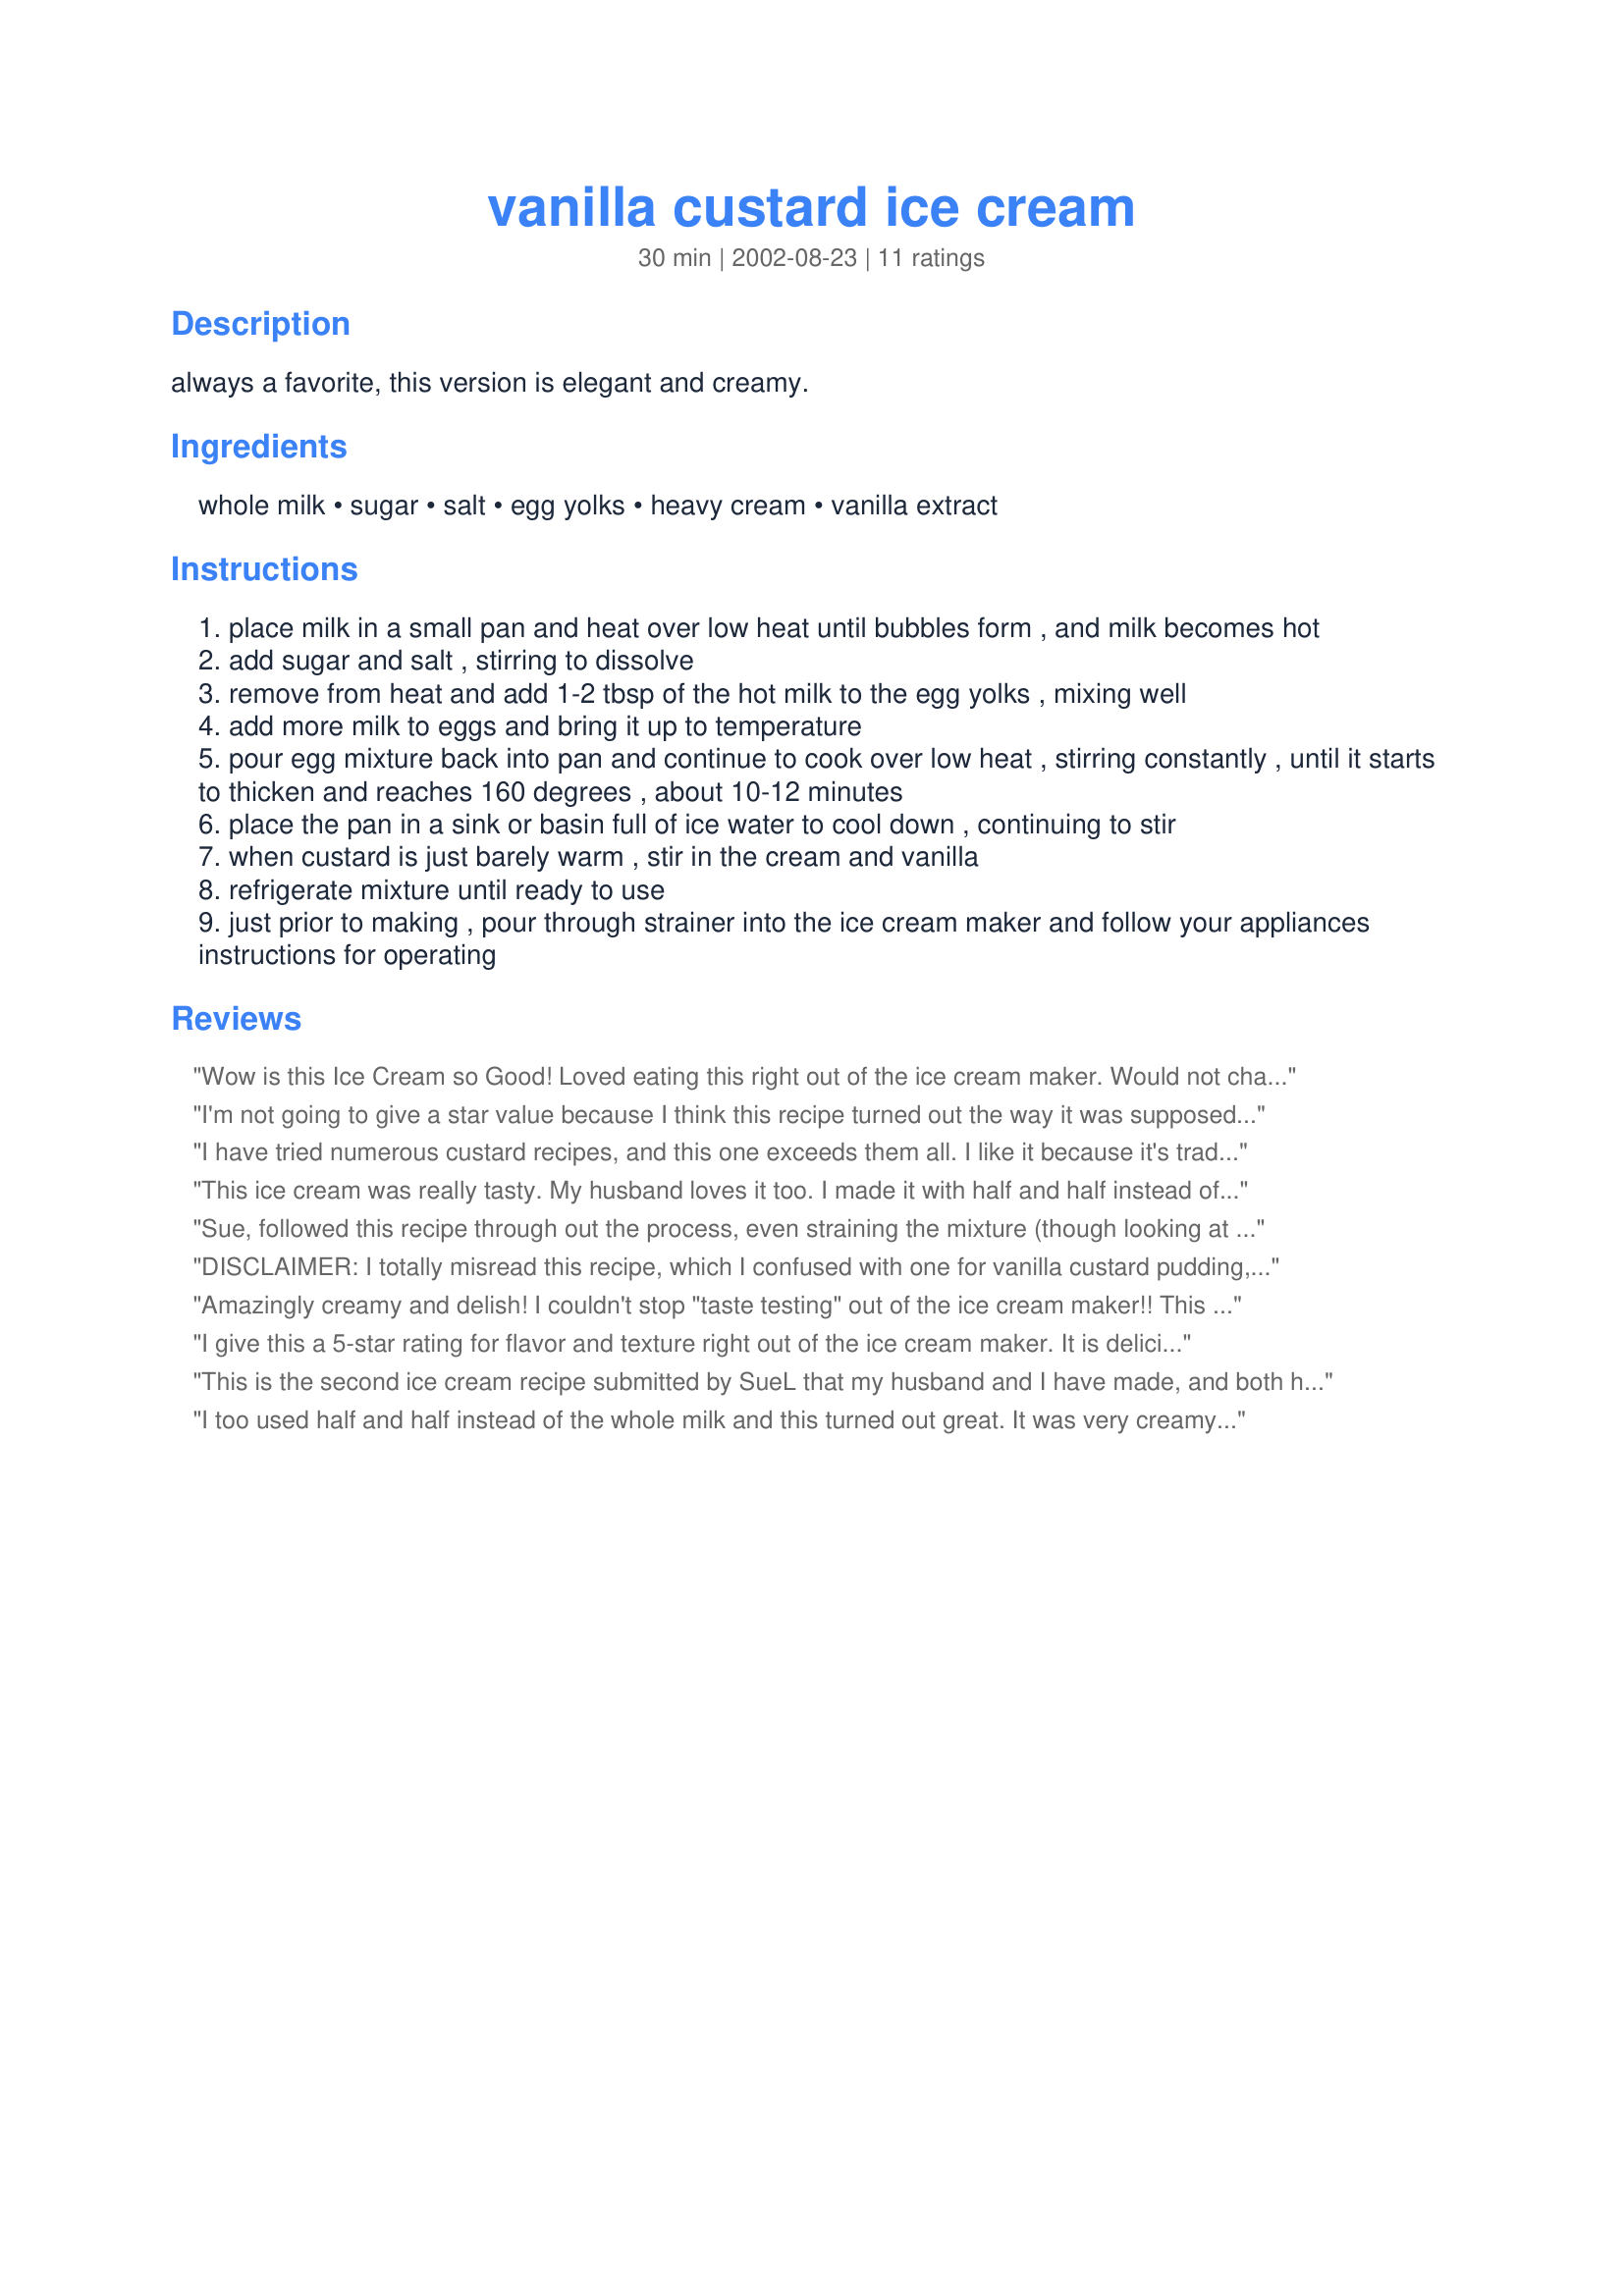
vanilla custard ice cream
Preparation time: 30 minutes

always a favorite, this version is elegant and creamy.

Ingredients:
whole milk, sugar, salt, egg yolks, heavy cream, vanilla extract

Steps:
place milk in a small pan and heat over low heat until bubbles form , and milk becomes hot
add sugar and salt , stirring to dissolve
remove from heat and add 1-2 tbsp of the hot milk to the egg yolks , mixing well
add more milk to eggs and bring it up to temperature
pour egg mixture back into pan and continue to cook over low heat , stirring constantly , until it starts to thicken and reaches 160 degrees , about 10-12 minutes
place the pan in a sink or basin full of ice water to cool down , continuing to stir
when custard is just barely warm , stir in the cream and vanilla
refrigerate mixture until ready to use
just prior to making , pour through strainer into the ice cream maker and follow your appliances instructions for operating

Reviews:
Wow is this Ice Cream so Good!
Loved eating this right out of the ice cream maker. Would not change a thing.
I'm not going to give a star value because I think this recipe turned out the way it was supposed to. I was really looking for a different flavor and I thought this was too eggy. I think I had McDonald's soft serve in mind :) Thanks for the recipe, but I'll keep searching for the "right" one for me.
I have tried numerous custard recipes, and this one exceeds them all. I like it because it's traditional - no flour, evaporated milk, etc. It was creamy and delicious. I doubled the recipe and still it only half filled our 2 qt ice cream freezer. I didnt think it needed to be strained, and it was very smooth. Whole milk worked great.
This ice cream was really tasty. My husband loves it too. I made it with half and half instead of the whole milk, and heated the cream right along with it. Turned out great! Thanks for the recipe!
Sue, followed this recipe through out the process, even straining the mixture (though looking at it didn't think it needed it. So glad I trusted you as after straining, had a lot of tiny little particles that would not have been as nice and creamy as it turned out. The flavors was so creamy and just what I was looking for. After going in the ice cream maker is when I varied a little. Added some fresh, macerated blackberries from the garden and then served with a hot fudge syrup and fresh whipped cream. What a wonderful and delightful, summer treat.
DISCLAIMER: I totally misread this recipe, which I confused with one for vanilla custard pudding, but the overall flavour was so delicious and it was so easy to prepare that it deserves a good review. I adapted this to make a sugar free custard for my hypoglycaemic husband, and, despite my error, it turned out really well! I replaced the sugar with 1.5x Splenda, added a dash of nutmeg and replaced about 1/3-1/2 of the milk with cream (just because I had some and it needed using up, which probably helped), and it worked very well. I also threw in a bit more cornstarch because I thought I had over stirred it. The end result was a light, creamy custard that was half eaten before it had even had a chance to finish cooling. Using the whole egg is also a bonus; my other half is happy to eat the extra protein and I am just happy to not be left with extra egg whites. I can always turn them into sugar free meringues but I tend to forget them...
Amazingly creamy and delish! I couldn't stop "taste testing" out of the ice cream maker!! This was exactly the flavor I was looking for. I followed the recipe exactly and chilled over night. Forgot to strain it when pouring into the ice cream maker, but it didn't need to be. Was delish and kept its softness even after frozen for a few days. But was definitely the tastiest right out of the maker! Can't wait to make this again!
I give this a 5-star rating for flavor and texture right out of the ice cream maker. It is delicious. Wish I had a piece of chocolate cake or some apple crisp to go with it now. This is a keeper.

This is the second ice cream recipe submitted by SueL that my husband and I have made, and both have been wonderful.

We searched for an egg based recipe that wasn\\\'t too complicated or didn\\\'t require too many eggs (most seem to require 6+ = extra calories which I don\\\'t need). This recipe was perfect for us....it was simple to follow, only called for two egg yolks and gave a fantastic creamy flavor without it being too rich.

We followed the recipe very closely (except for the fact that I accidentally grabbed a carton of half and half at the grocery store, instead of the full fat milk the recipe called for.) and it still turned out being delicious.

The directions were very easy to follow, and the whole process took us about 40 minutes( 20 minutes to get the custard base, and 20 minutes in the ice cream machine(Cuisinart). It yielded the perfect amount for our ice cream machine. 

We froze it for about 4 hrs, and the consistency was perfect by then. This recipe was simply fantastic!!!! Creamy, rich, smooth texture, but not overly sweet or rich in flavour. Try it!

Thanks for the submission SueL. We really enjoyed this ice cream, and will be making it very often.
I too used half and half instead of the whole milk and this turned out great. It was very creamy and smooth. It was fast too and I liked the fact that this is one recipe that does not require so many eggs. Jane
Fantastic recipe. Very creamy and smooth. Easy to make and I will definitely make it again!
